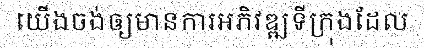
យើងចង់ឲ្យមានការអភិវឌ្ឍទីក្រុងដែល